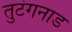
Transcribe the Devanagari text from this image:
तुटंगनाड